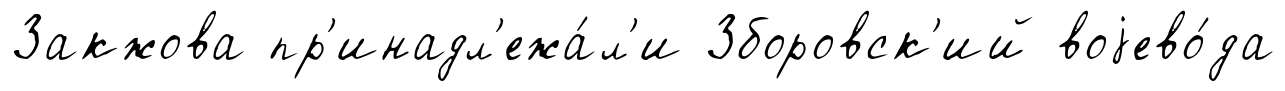
Закжова пр'инадл'ежа́л'и Зборовск'ий воjево́да